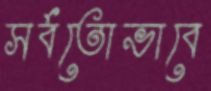
সর্বতোভাবে